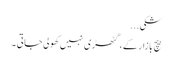
شکی...
بیچ بازار کے ، گٹھڑی نہیں کھولی جاتی ۔